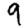
Digit: 9